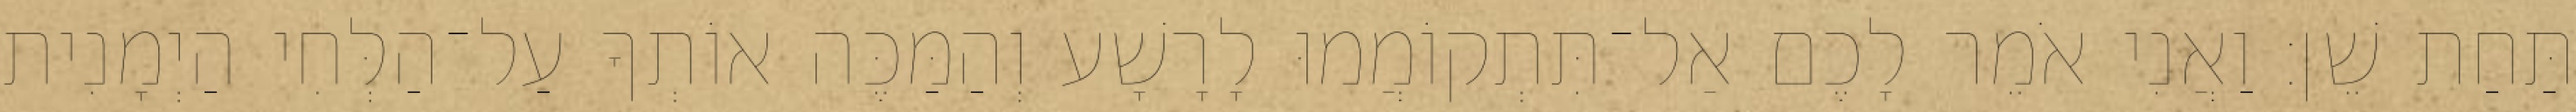
תַּחַת שֵׁן׃ וַאֲנִי אֹמֵר לָכֶם אַל־תִּתְקוֹמֲמוּ לָרָשָׁע וְהַמַּכֶּה אוֹתְךָ עַל־הַלְּחִי הַיְמָנִית